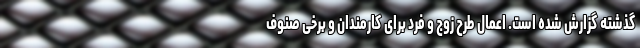
گذشته گزارش شده است. اعمال طرح زوج و فرد برای کارمندان و برخی صنوف